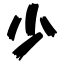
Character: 少